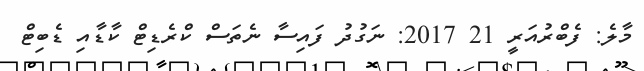
މާލެ: ފެެބްރުއަރީ 21 2017: ނަގުދު ފައިސާ ނެތަސް ކްރެޑިޓް ކާޑާއި ޑެބިޓް